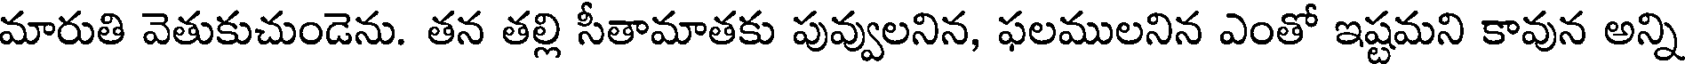
మారుతి వెతుకుచుండెను. తన తల్లి సీతామాతకు పువ్వులనిన, ఫలములనిన ఎంతో ఇష్టమని కావున అన్ని